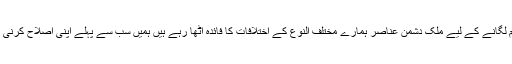
کرم خوردہ پاکستان کے مزید زخم لگانے کے لیے ملک دشمن عناصر ہمارے مختلف النوع کے اختلافات کا فائدہ اٹھا رہے ہیں ہمیں سب سے پہلے اپنی اصلاح کرنی ہوگی کیونکہ یہی نسخہ کیمیا ہے۔